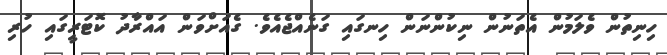
ހިނިތުން ވެލަމުން އެތަނުން ނިކުންނަން ހިނގައި ގަނެއްޖެއެވެ. ގެއަށްވަން އައްރާދު ކޮޓަރީގައި ހުރި